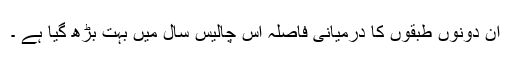
ان دونوں طبقوں کا درمیانی فاصلہ اس چالیس سال میں بہت بڑھ گیا ہے ۔